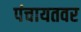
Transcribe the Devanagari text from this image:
पंचायतवर